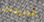
العارضات